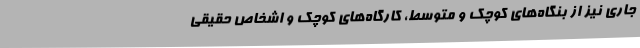
جاری نیز از بنگاه‌های کوچک و متوسط، کارگاه‌های کوچک و اشخاص حقیقی